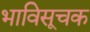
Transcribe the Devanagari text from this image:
भाविसूचक